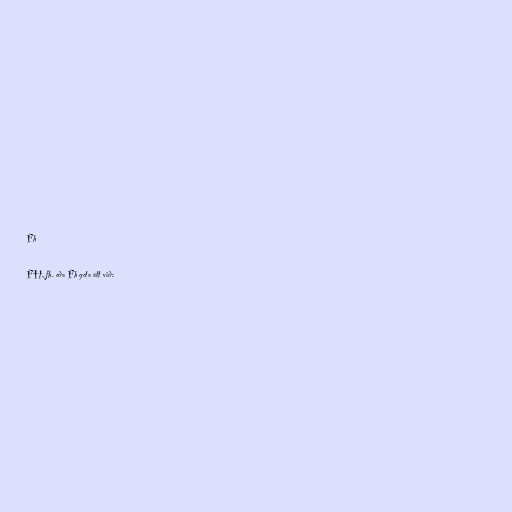
Fh

FH, fh. eða Fh geta átt við: